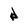
Character: d